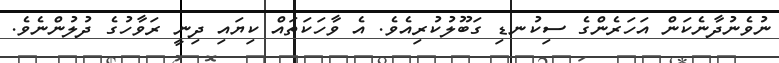
ނުވެނުދާނެކަން އަހަރެންގެ ސިކުނޑި ގަބޫލުކުރިއެވެ. އެ ވާހަކަތައް ކިޔައި ދިނީ ރަވާހުގެ ދުލުންނެވެ.